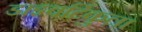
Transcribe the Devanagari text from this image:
डाइवर्टिकुला